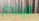
الإنتحار